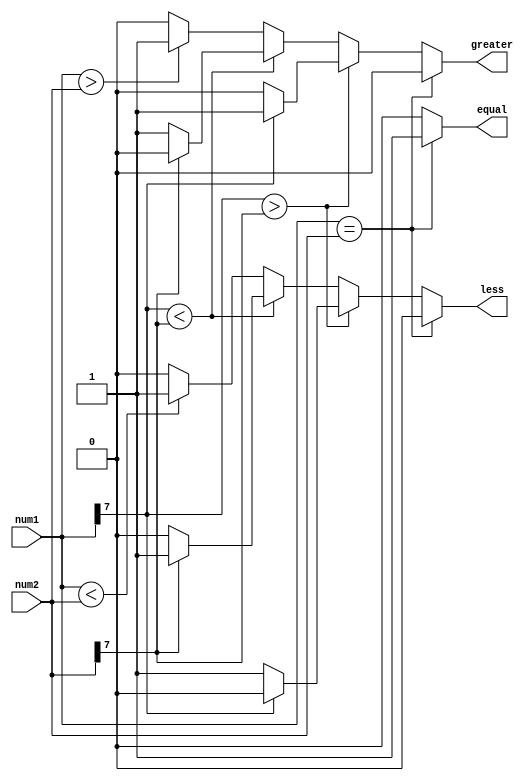
module signed_magnitude_comparator (
    input signed [7:0] num1,
    input signed [7:0] num2,
    output reg equal,
    output reg greater,
    output reg less
);

reg sign1;
reg sign2;

assign sign1 = num1[7];
assign sign2 = num2[7];

always @(*) begin
    if (num1 == num2) begin
        equal = 1;
        greater = 0;
        less = 0;
    end else begin
        if (sign1 > sign2) begin
            greater = (sign1 == 1) ? 1 : 0;
            less = (sign1 == 0) ? 1 : 0;
            equal = 0;
        end else if (sign1 < sign2) begin
            greater = (sign2 == 0) ? 1 : 0;
            less = (sign2 == 1) ? 1 : 0;
            equal = 0;
        end else begin
            greater = (num1 > num2) ? 1 : 0;
            less = (num1 < num2) ? 1 : 0;
            equal = 0;
        end
    end
end

endmodule